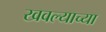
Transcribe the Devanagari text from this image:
खवल्याच्या